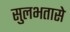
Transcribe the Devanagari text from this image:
सुलभतासे